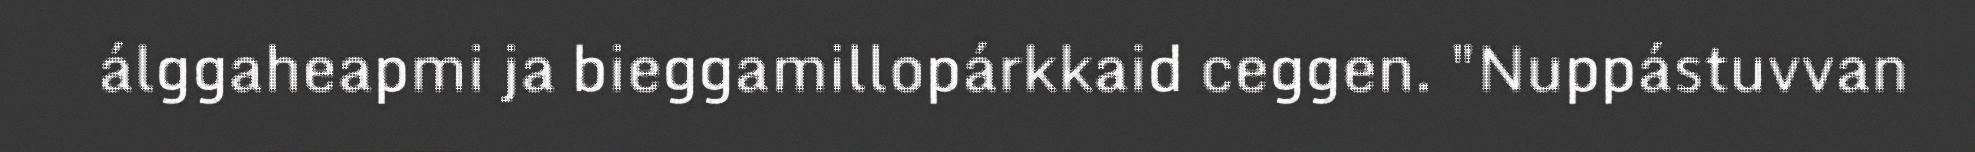
álggaheapmi ja bieggamillopárkkaid ceggen. "Nuppástuvvan